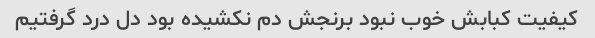
کیفیت کبابش خوب نبود برنجش دم نکشیده بود دل درد گرفتیم